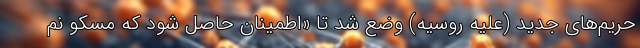
حریم‌های جدید (علیه روسیه) وضع شد تا «اطمینان حاصل شود که مسکو نم